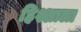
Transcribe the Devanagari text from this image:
हिश्शाला